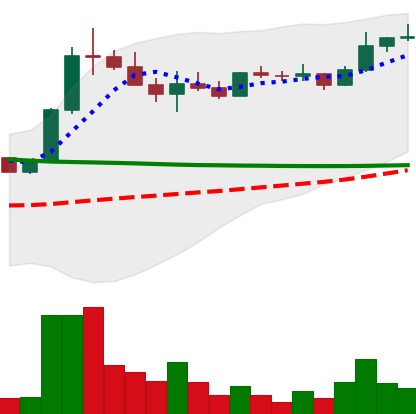
Ticker: ETC-USD
Chart end date: 2022-08-13
Forward return: -9.076%
Label: down_7plus